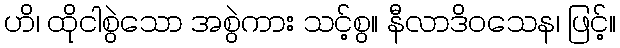
ဟိ၊ ထိုငါစွဲသော အစွဲကား သင့်စွ။ နီလာဒိဝသေန၊ ဖြင့်။